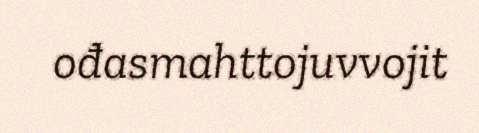
ođasmahttojuvvojit